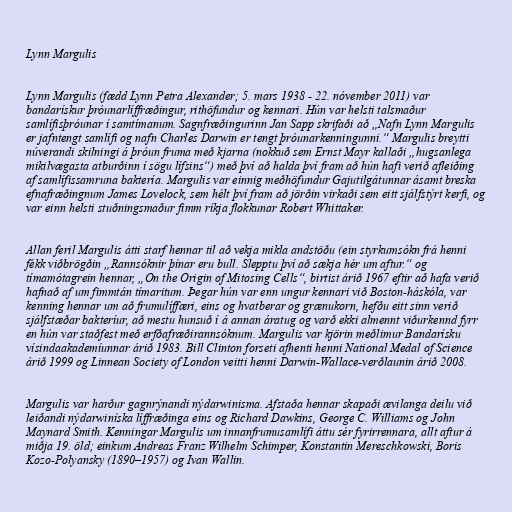
Lynn Margulis

Lynn Margulis (fædd Lynn Petra Alexander; 5. mars 1938 - 22. nóvember 2011) var
bandarískur þróunarlíffræðingur, rithöfundur og kennari. Hún var helsti talsmaður
samlífisþróunar í samtímanum. Sagnfræðingurinn Jan Sapp skrifaði að „Nafn Lynn Margulis
er jafntengt samlífi og nafn Charles Darwin er tengt þróunarkenningunni.“ Margulis breytti
núverandi skilningi á þróun fruma með kjarna (nokkuð sem Ernst Mayr kallaði „hugsanlega
mikilvægasta atburðinn í sögu lífsins“) með því að halda því fram að hún hafi verið afleiðing
af samlífissamruna baktería. Margulis var einnig meðhöfundur Gajutilgátunnar ásamt breska
efnafræðingnum James Lovelock, sem hélt því fram að jörðin virkaði sem eitt sjálfstýrt kerfi, og
var einn helsti stuðningsmaður fimm ríkja flokkunar Robert Whittaker.

Allan feril Margulis átti starf hennar til að vekja mikla andstöðu (ein styrkumsókn frá henni
fékk viðbrögðin „Rannsóknir þínar eru bull. Slepptu því að sækja hér um aftur.“ og
tímamótagrein hennar, „On the Origin of Mitosing Cells“, birtist árið 1967 eftir að hafa verið
hafnað af um fimmtán tímaritum. Þegar hún var enn ungur kennari við Boston-háskóla, var
kenning hennar um að frumulíffæri, eins og hvatberar og grænukorn, hefðu eitt sinn verið
sjálfstæðar bakteríur, að mestu hunsuð í á annan áratug og varð ekki almennt viðurkennd fyrr
en hún var staðfest með erfðafræðirannsóknum. Margulis var kjörin meðlimur Bandarísku
vísindaakademíunnar árið 1983. Bill Clinton forseti afhenti henni National Medal of Science
árið 1999 og Linnean Society of London veitti henni Darwin-Wallace-verðlaunin árið 2008.

Margulis var harður gagnrýnandi nýdarwinisma. Afstaða hennar skapaði ævilanga deilu við
leiðandi nýdarwiníska líffræðinga eins og Richard Dawkins, George C. Williams og John
Maynard Smith. Kenningar Margulis um innanfrumusamlífi áttu sér fyrirrennara, allt aftur á
miðja 19. öld; einkum Andreas Franz Wilhelm Schimper, Konstantin Mereschkowski, Boris
Kozo-Polyansky (1890–1957) og Ivan Wallin.